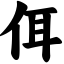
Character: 佴